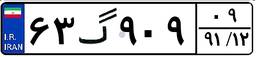
۶۳گ۹۰۹۰۹